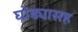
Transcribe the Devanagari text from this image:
घोड्यासह